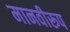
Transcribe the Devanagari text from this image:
मानवीरूप